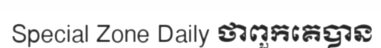
Special Zone Daily ថាពួកគេបាន